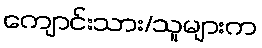
ကျောင်းသား/သူများက